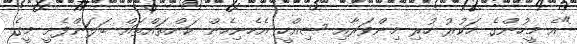
"އެ މީހުންގެ ހަކުރު ހުރި މިންވަރާއި ސިއްހީ އެހެނިހެން ކަންތައްތައް ބަލަންފެށީ މީގެ